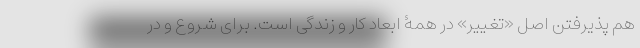
هم پذیرفتن اصل «تغییر» در همۀ ابعاد کار و زندگی است. برای شروع و در